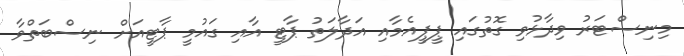
މިނިސްޓަރު ވިދާޅުވި ގޮތުގައި ޕީޕީއެމާއި އަދާލަތު ޕާޓީ އާއި ގައުމީ ޕާޓީއަށް ނިސްބަތްވާ